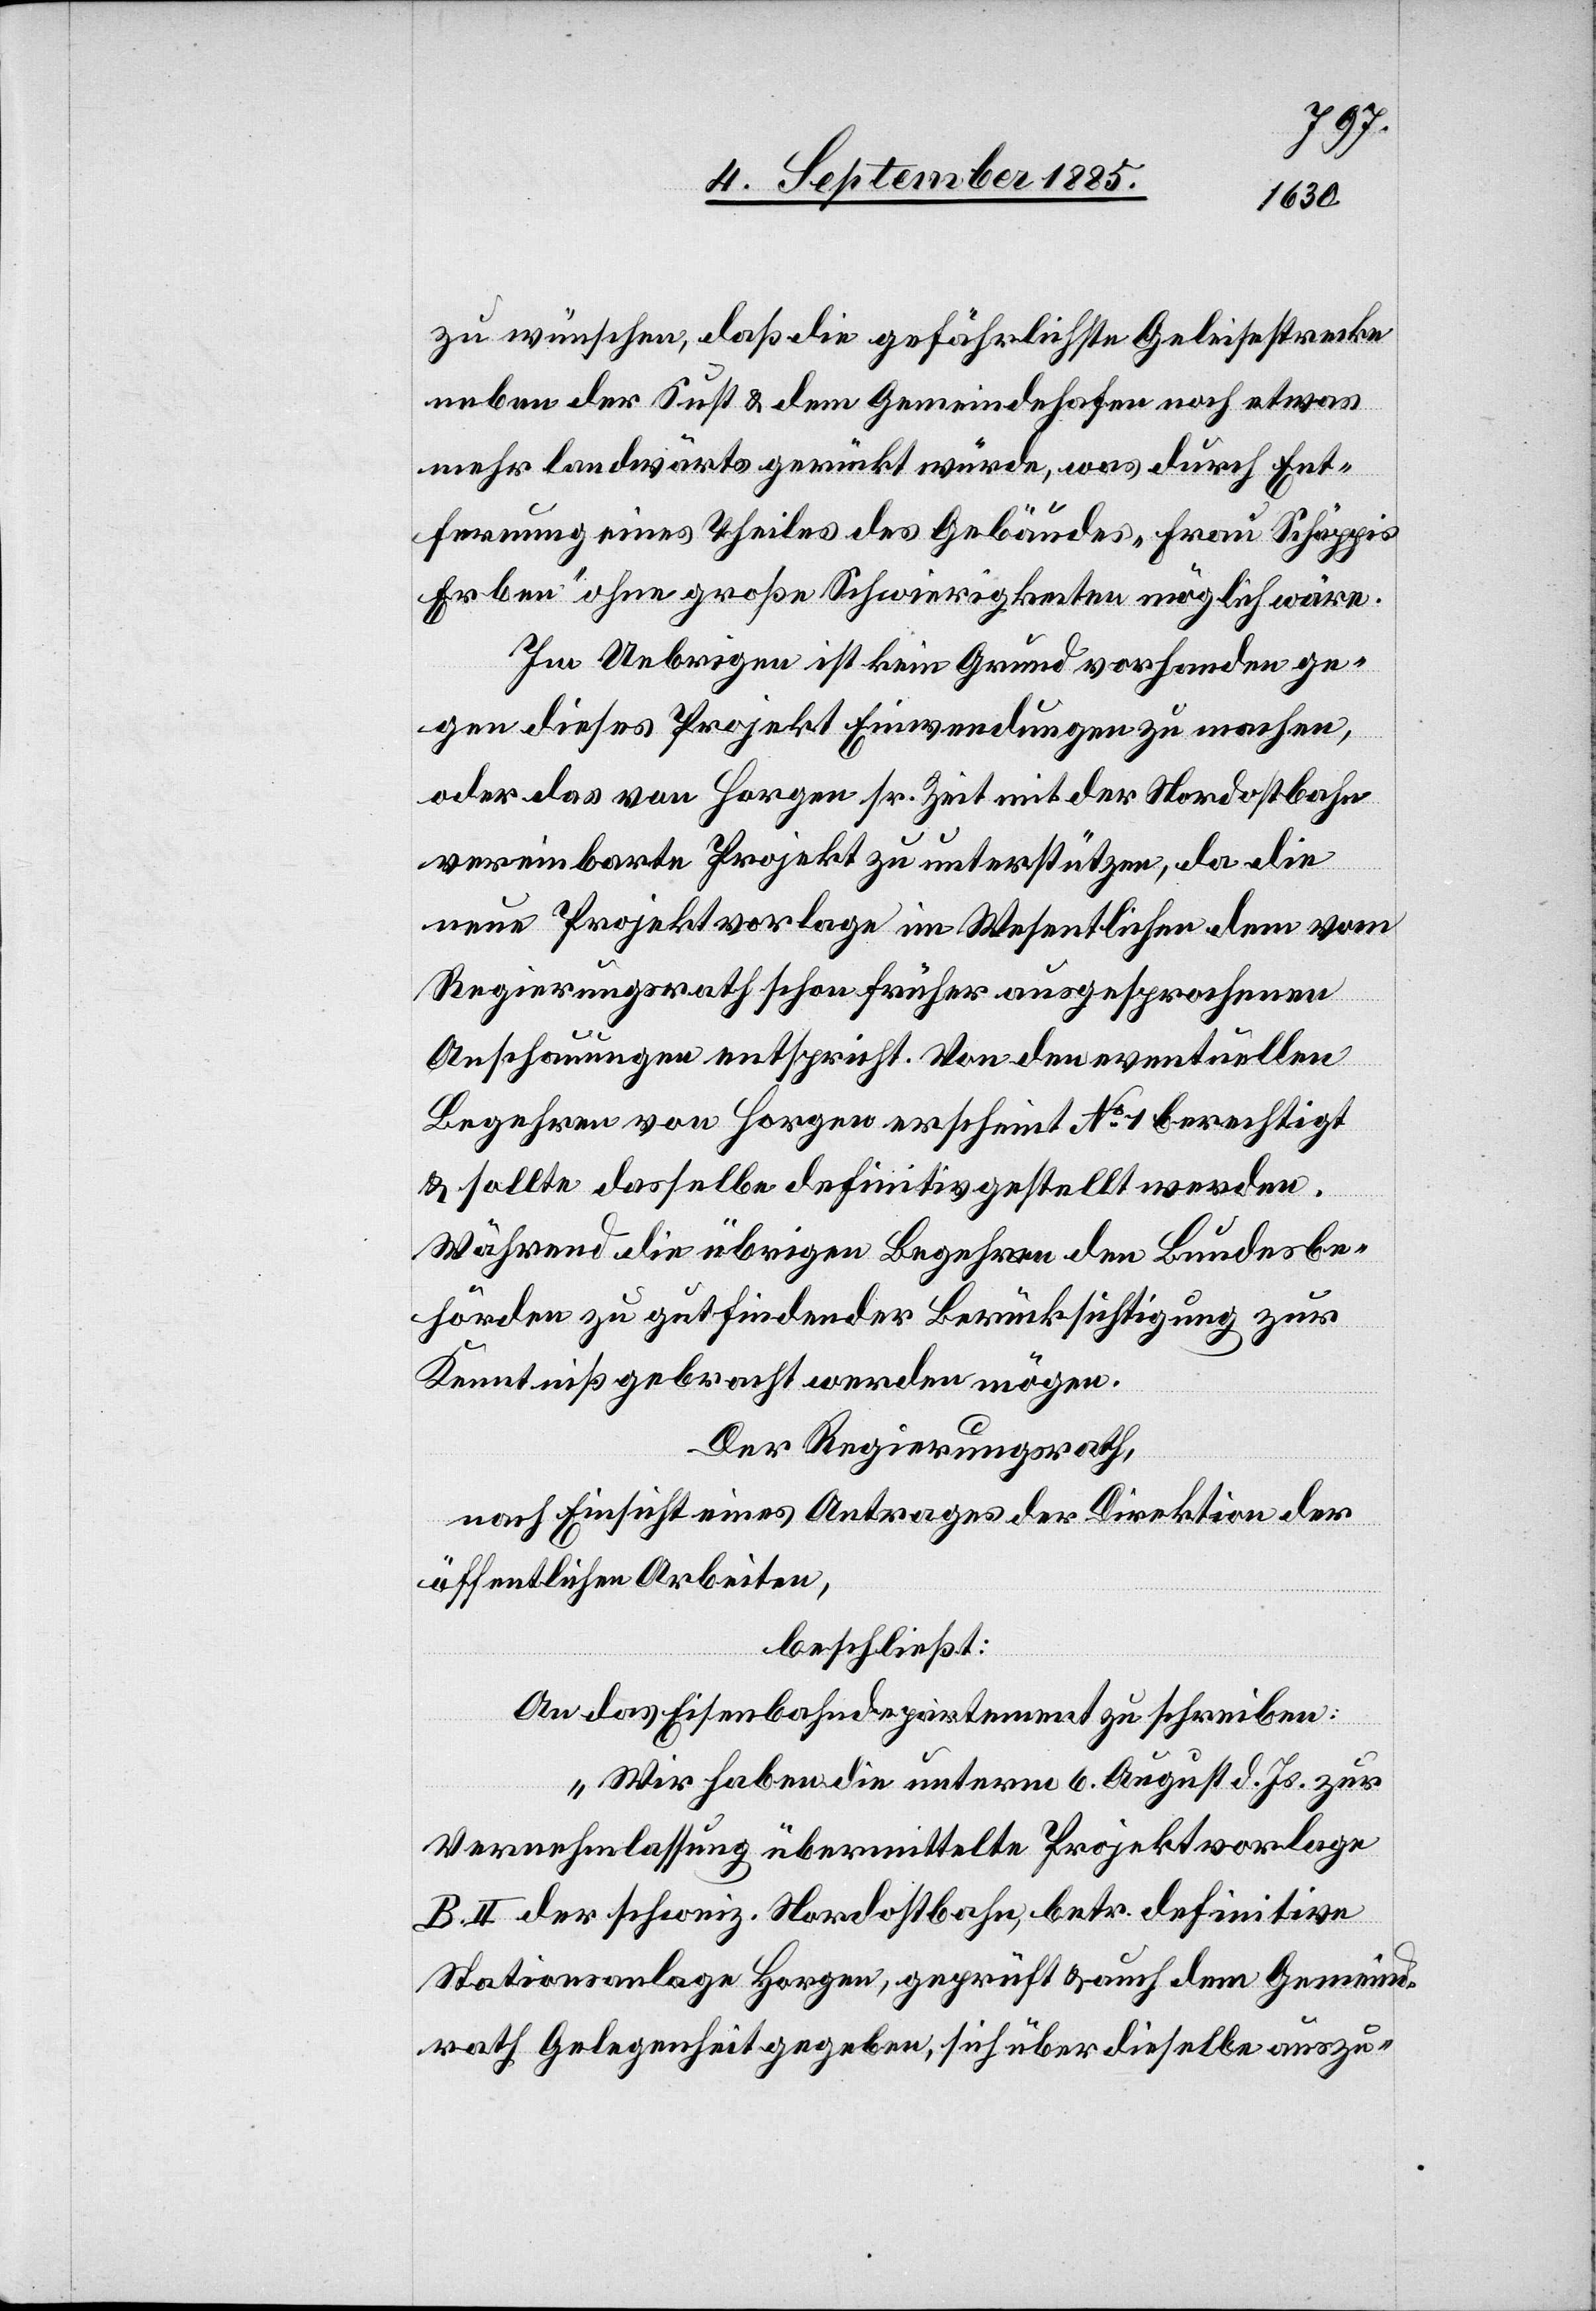
zu wünschen, daß die gefährlichste Geleisestrecke
neben der Sust & dem Gemeindehafen noch etwas
mehr landwärts gerückt würde, was durch Ent¬
fernung eines Theiles des Gebäudes „Frau Schäppis
Erben“ ohne große Schwierigkeiten möglich wäre.
Im Uebrigen ist kein Grund vorhanden ge¬
gen dieses Projekt Einwendungen zu machen,
oder das von Horgen sr. Zeit mit der Nordostbahn
vereinbarte Projekt zu unterstützen, da die
neue Projektvorlage im Wesentlichen den vom
Regierungsrath schon früher ausgesprochenen
Anschauungen entspricht. Von den eventuellen
Begehren von Horgen erscheint No 1 berechtigt
& sollte dasselbe definitiv gestellt werden.
Während die übrigen Begehren den Bundesbe¬
hörden zu gutfindender Berücksichtigung zur
Kenntniß gebracht werden mögen.
Der Regierungsrath,
nach Einsicht eines Antrages der Direktion der
öffentlichen Arbeiten,
beschließt:
An das Eisenbahndepartement zu schreiben:
„Wir haben die unterm 6. August d. Js. zur
Vernehmlassung übermittelte Projektvorlage
B. II der schweiz. Nordostbahn, betr. definitive
Stationsanlage Horgen, geprüft & auch dem Gemeind¬
rath Gelegenheit gegeben, sich über dieselbe auszu-